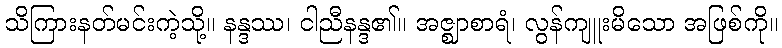
သိကြားနတ်မင်းကဲ့သို့။ နန္ဒဿ၊ ငါညီနန္ဒ၏။ အဇ္ဈာစာရံ၊ လွန်ကျူးမိသော အဖြစ်ကို။